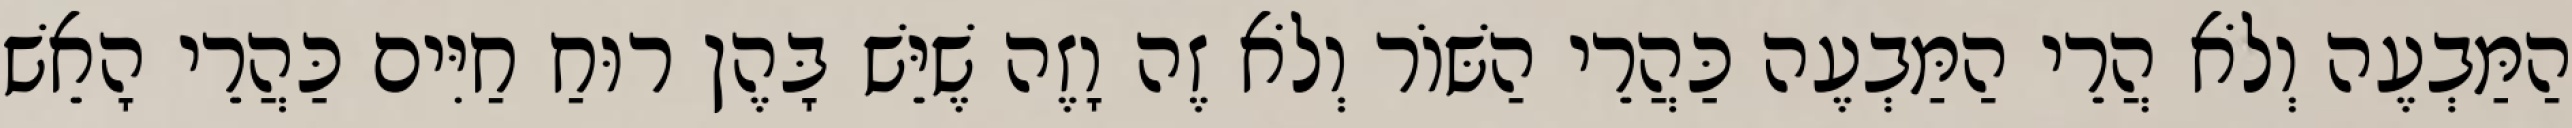
הַמַּבְעֶה וְלֹא הֲרֵי הַמַּבְעֶה כַּהֲרֵי הַשּׁוֹר וְלֹא זֶה וָזֶה שֶׁיֵּשׁ בָּהֶן רוּחַ חַיִּים כַּהֲרֵי הָאֵשׁ